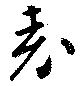
表